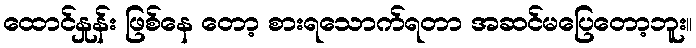
ထောင်နှုန်း ဖြစ်နေ တော့ စားရသောက်ရတာ အဆင်မပြေတော့ဘူး။